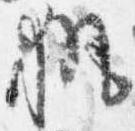
執